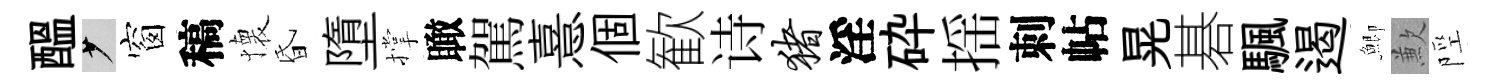
醖少窗稿懐昏墮撑瞰駕憙個歓诗猪淫砕揺刺帖晃碁颿遏鯽歉陘